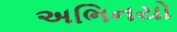
અભિનયો